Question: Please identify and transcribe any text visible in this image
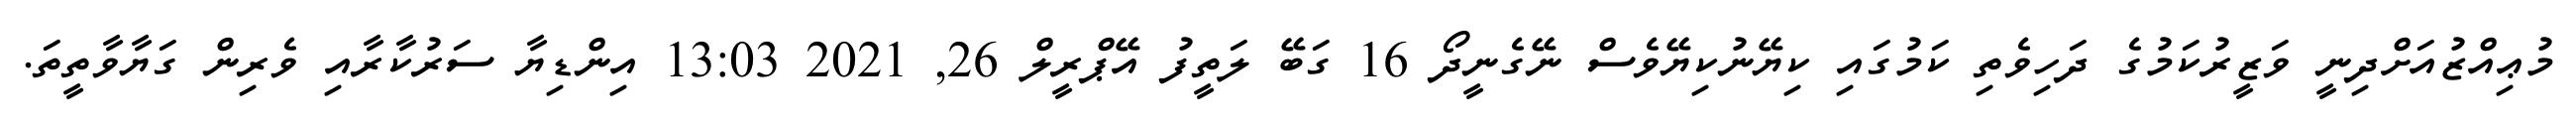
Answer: މުޢިއްޒުއަށްދިނީ ވަޒީރުކަމުގެ ދަހިވެތި ކަމުގައި ކިޔޭނުކިޔޭވެސް ނޭގެނީދޯ 16 ގަބޭ ލަތީފު އޭޕްރީލް 26, 2021 13:03 އިންޑިޔާ ސަރުކާރާއި ވެރިން ގަޔާވާތީތަ.